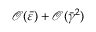
\mathcal { O } ( \bar { \varepsilon } ) + \mathcal { O } ( \bar { \gamma } ^ { 2 } )